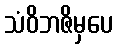
သံဝိဘဇိမှပေ